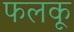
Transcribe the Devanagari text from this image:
फलकू